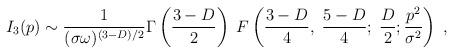
LaTeX: \begin{align*}I_3(p) \sim \frac{1}{(\sigma \omega)^{(3-D)/2}}\Gamma\left(\frac{3-D}{2}\right)\;F\left( \frac{3-D}{4},\; \frac{5-D}{4}; \; \frac{D}{2}; \frac{p^2}{\sigma^2} \right) \; ,\end{align*}